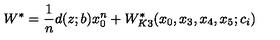
W ^ { \ast } = \frac { 1 } { n } d ( z ; b ) x _ { 0 } ^ { n } + W _ { K 3 } ^ { \ast } ( x _ { 0 } , x _ { 3 } , x _ { 4 } , x _ { 5 } ; c _ { i } )